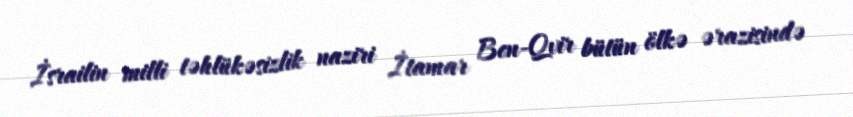
İsrailin milli təhlükəsizlik naziri İtamar Ben-Qvir bütün ölkə ərazisində